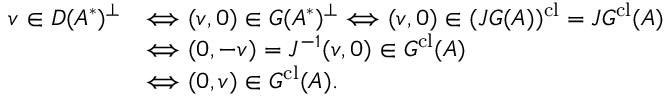
{ \begin{array} { r l } { v \in D ( A ^ { * } ) ^ { \perp } } & { \Longleftrightarrow ( v , 0 ) \in G ( A ^ { * } ) ^ { \perp } \Longleftrightarrow ( v , 0 ) \in ( J G ( A ) ) ^ { \mathrm { c l } } = J G ^ { \mathrm { c l } } ( A ) } \\ & { \Longleftrightarrow ( 0 , - v ) = J ^ { - 1 } ( v , 0 ) \in G ^ { \mathrm { c l } } ( A ) } \\ & { \Longleftrightarrow ( 0 , v ) \in G ^ { \mathrm { c l } } ( A ) . } \end{array} }